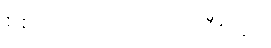
စစ်ကိုင်းတိုင်းဒေသကြီးတွင်